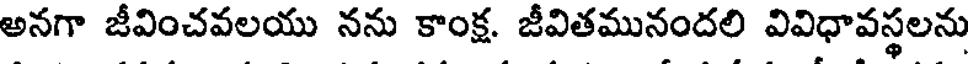
అనగా జీవించవలయు నను కాంక్ష. జీవితమునందలి వివిధావస్థలను